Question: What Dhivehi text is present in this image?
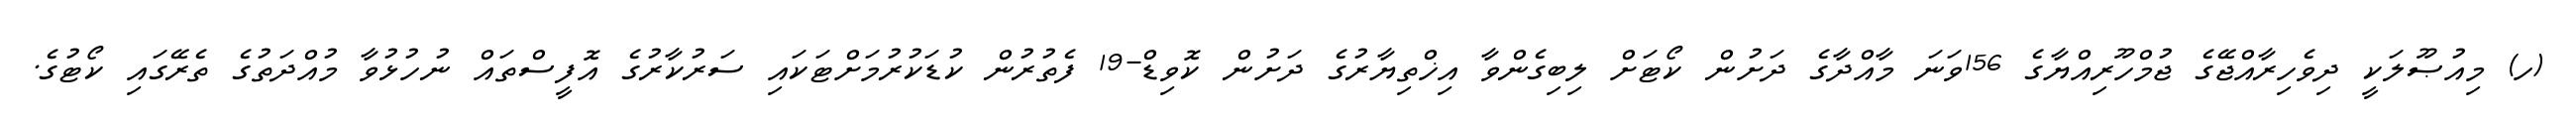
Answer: (ހ) މިއުޞޫލަކީ ދިވެހިރާއްޖޭގެ ޖުމްހޫރިއްޔާގެ 156ވަނަ މާއްދާގެ ދަށުން ކޯޓަށް ލިބިގެންވާ އިޚްތިޔާރުގެ ދަށުން ކޮވިޑް-19 ފެތުރުން ކުޑަކުރުމަށްޓަކައި ސަރުކާރުގެ އޮފީސްތައް ނުހުޅުވާ މުއްދަތުގެ ތެރޭގައި ކޯޓުގެ.